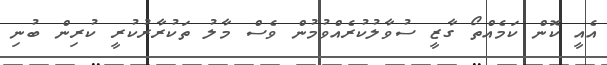
އެއީ ކޮން ކަމެއްތޯ ގާޒީ ސުވާލުކުރެއްވުމުން ވެސް މާލު ތަކުރާރުކުރީ ކުރިން ބުނި